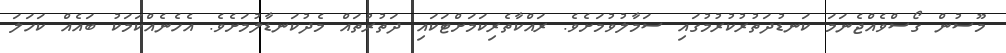
މޫސުން ގޯސްވެއްޖެނަމަ ކަނޑުދަތުރުކުރުމުގައި ސަމާލުވުމަށެވެ. ރައްކާތެރިކަމަށްޓަކައި ދަތުރުތައް މެދުކަނޑާލުމަށެވެ. އެހެނެއްކަމަކު ބައެއް ކަހަލަ